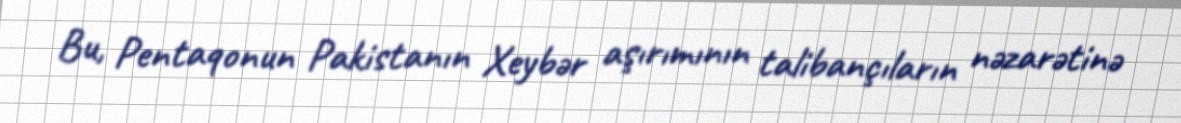
Bu, Pentaqonun Pakistanın Xeybər aşırımının talibançıların nəzarətinə